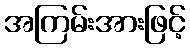
အကြမ်းအားဖြင့်